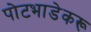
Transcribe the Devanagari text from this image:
पोटभाडेकरू